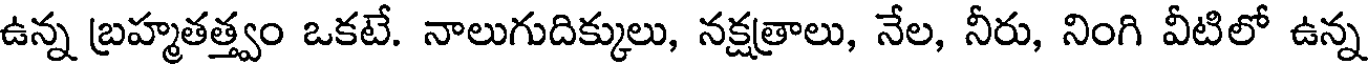
ఉన్న బ్రహ్మతత్త్వం ఒకటే. నాలుగుదిక్కులు, నక్షత్రాలు, నేల, నీరు, నింగి వీటిలో ఉన్న